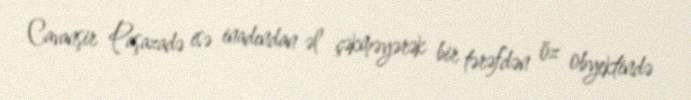
Cavanşir Paşazadə isə inadından əl çəkməyərək bir tərəfdən öz obyektində